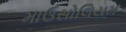
માઉસોલિયમ